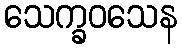
သေက္ခဝသေန